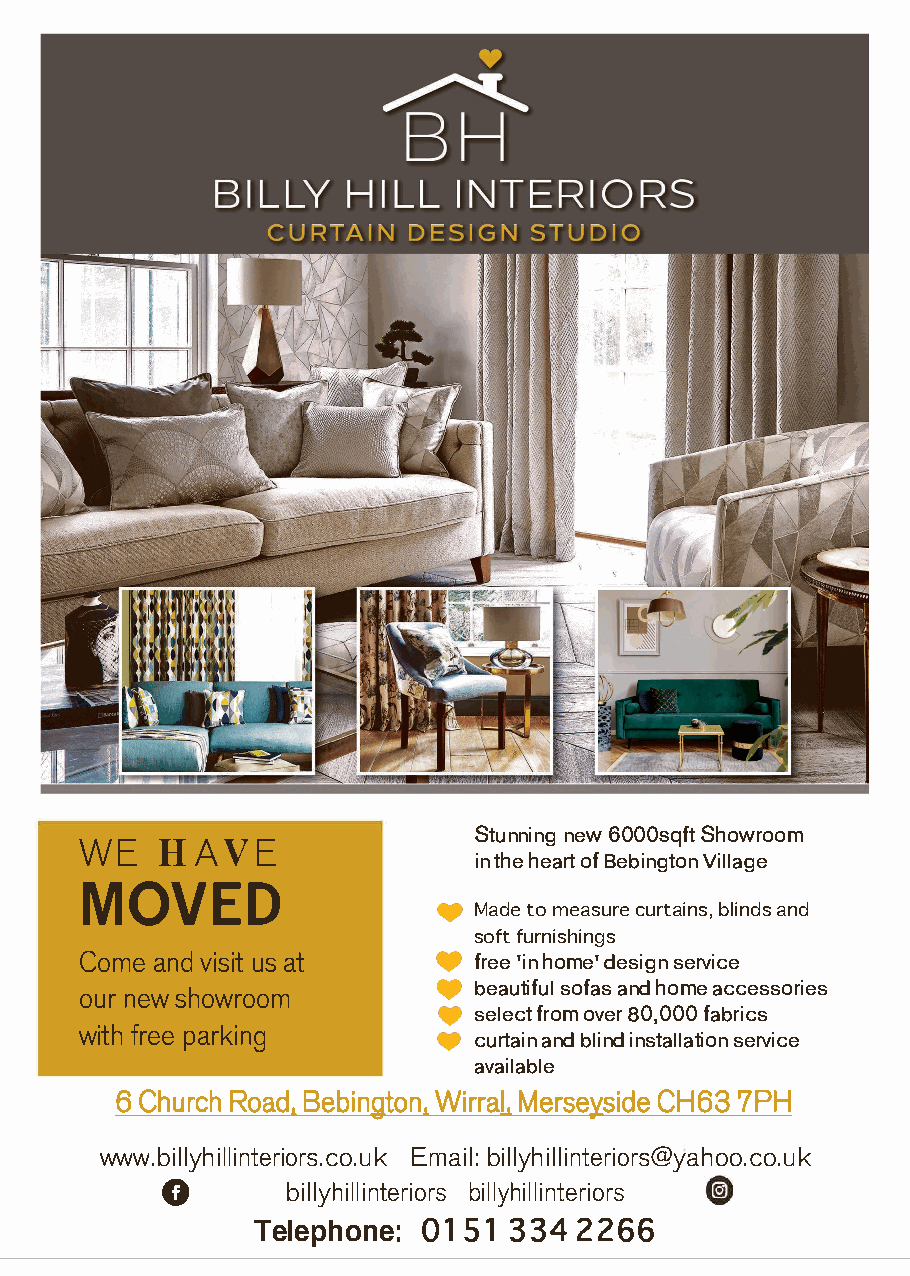
WE   HAVE                 Stunning new 6000sqft Showroom
 in the heart of Bebington Village
 MOVED
 Made to measure curtains, blinds and
 soft furnishings
 Come and visit us at      free 'in home' design service
 beautiful sofas and home accessories
 our new showroom
 select from over 80,000 fabrics
 with free parking
 curtain and blind installation service
 available
 66 CChhuurrcchh RRooaadd,, BBeebbiinnggttoonn,, WWiirrrraall,, MMeerrsseeyyssiiddee CCHH6633 77PPHH
 www.billyhillinteriors.co.uk Email: billyhillinteriors@yahoo.co.uk
 0
 billyhillinteriors billyhillinteriors
 Telephone:: 0151 334 2266